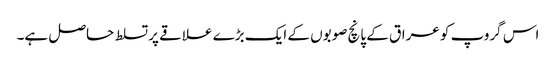
اس گروپ کو عراق کے پانچ صوبوں کے ایک بڑے علاقے پر تسلط حاصل ہے۔